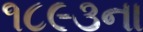
૧૮૯૩ના